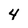
Character: 4